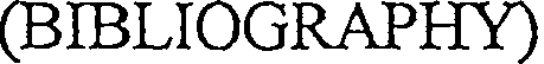
(BIBLIOGRAPHY)